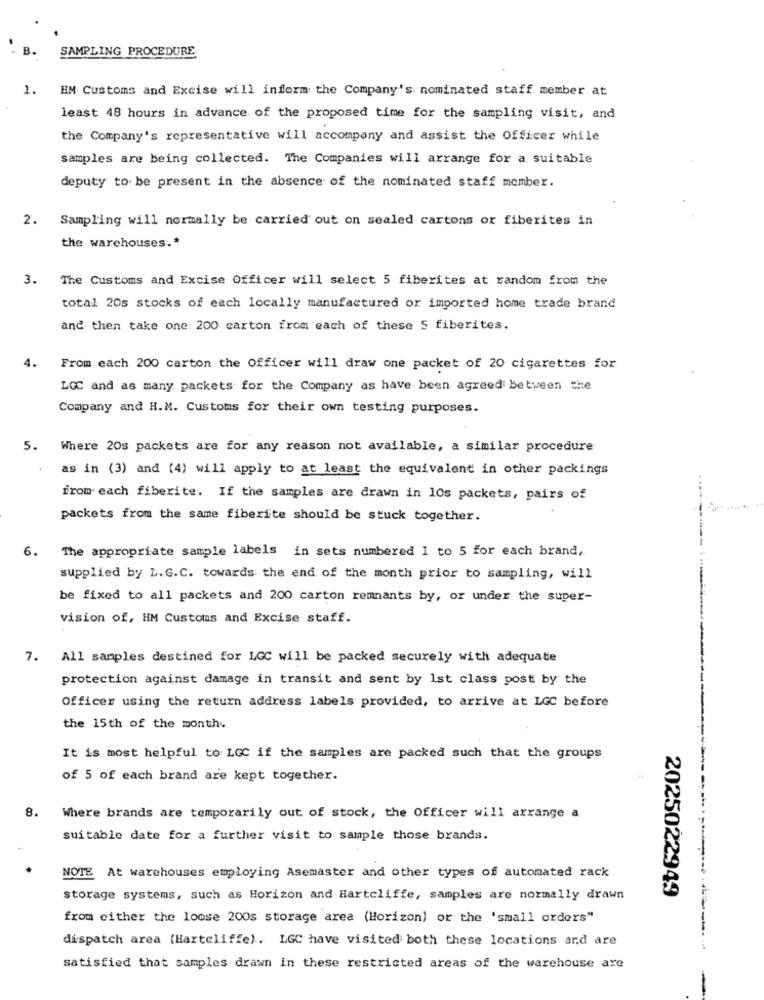
B.
SAMPLING PROCEDURE
1.
HM Customs and Excise will inform the Company's nominated staff member at
least 48 hours in advance of the proposed time for the sampling visit, and
the Company's representative will accompany and assist the Officer while
samples are being collected. The Companies will arrange for a suitable
deputy to be present in the absence of the nominated staff member.
2. Sampling will normally be carried out on sealed cartons or fiberites in
the warehouses .*
3. The Customs and Excise Officer will select 5 fiberites at random from the
total 20s stocks of each locally manufactured or imported home trade brand
and then take one: 200 carton from each of these 5 fiberites.
From each 200 carton the Officer will draw one packet of 20 cigarettes for
LOC and as many packets for the Company as have been agreed Between the
Company and H.M. Customs for their own testing purposes.
5. Where 20s packets are for any reason not available, a similar procedure
as in (3) and (4) will apply to at least the equivalent in other packings
from each fiberite. If the samples are drawn in 10s packets, pairs of
packets from the same fiberite should be stuck together.
6. The appropriate sample labels in sets numbered 1 to 5 for each brand,
supplied by L. G.C. towards the end of the month prior to sampling, will
be fixed to all packets and 200 carton remnants by, or under the super-
vision of, HM Customs and Excise staff.
7. All samples destined for LGC will be packed securely with adequate
protection against damage in transit and sent by 1st class post by the
Officer using the return address labels provided, to arrive at LGC before
the 15th of the month.
It is most helpful to LGC if the samples are packed such that the groups
of 5 of each brand are kept together.
8.
Where brands are temporarily out of stock, the Officer will arrange a
suitable date for a further visit to sample those brands.
NOTE At warehouses employing Asemaster and other types of automated rack
storage systems, such as Horizon and Hartcliffe, samples are normally drawn
2025022949
from either the loose 200s storage area (Horizon) or the 'small orders"
dispatch area (Hartcliffe). LGC have visited both these locations and are
satisfied that samples drawn in these restricted areas of the warehouse are
-